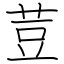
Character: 荳